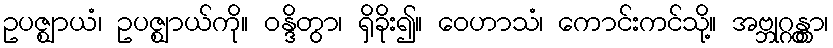
ဥပဇ္ဈာယံ၊ ဥပဇ္ဈာယ်ကို။ ဝန္ဒိတွာ၊ ရှိခိုး၍။ ဝေဟာသံ၊ ကောင်းကင်သို့။ အဗ္ဘုဂ္ဂန္တွာ၊